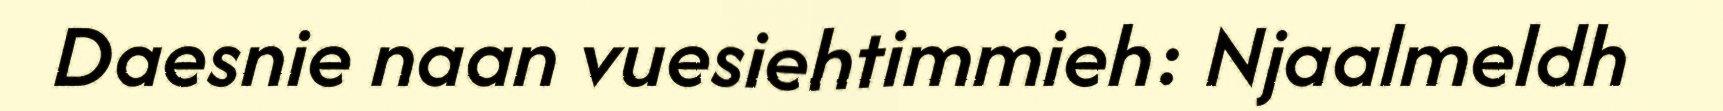
Daesnie naan vuesiehtimmieh: Njaalmeldh